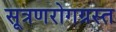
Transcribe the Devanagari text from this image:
सूत्रणरोगग्रस्त